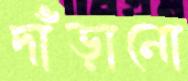
দাঁড়ানো